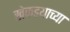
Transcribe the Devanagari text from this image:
खेकडयाच्या